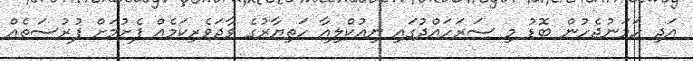
އަދި ހަމަނުޖެހުން ބޮޑު މި ސަރަހައްދުގައި ނިއުކްލިއާ ހަތިޔާރުގެ ވާދަވެރިކަމެއް ފެށުމަށް ފުރުސަތެއް